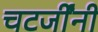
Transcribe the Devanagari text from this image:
चटर्जींनी